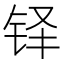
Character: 铎